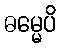
ဓမ္မေပိ